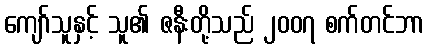
ကျော်သူနှင့် သူ၏ ဇနီးတို့သည် ၂၀၀၇ စက်တင်ဘာ